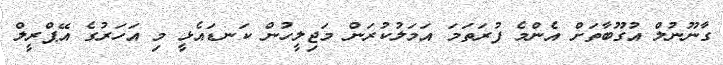
ގާނޫނުލް އުގޫބާތަށް އެންމެ ފުރަތަމަ އަމަލުކުރަން މަޖިލީހުން ކަނޑައެޅީ މި އަހަރުގެ އޭޕްރީލް